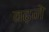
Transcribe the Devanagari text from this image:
वढ़ने